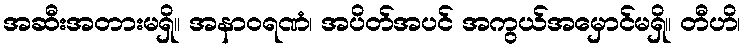
အဆီးအတားမရှိ။ အနာဝရဏံ၊ အပိတ်အပင် အကွယ်အမှောင်မရှိ။ တီဟိ၊